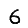
Digit: 6